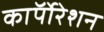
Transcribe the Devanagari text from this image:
काॅर्पोरेशन